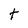
Character: t